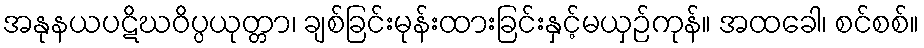
အနုနယပဋိဃဝိပ္ပယုတ္တာ၊ ချစ်ခြင်းမုန်းထားခြင်းနှင့်မယှဉ်ကုန်။ အထခေါ၊ စင်စစ်။